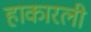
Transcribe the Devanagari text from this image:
हाकारली